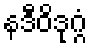
နဒီဝိဒုဂ္ဂံ